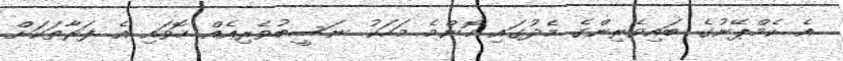
އެ ކެމްޕޭނުގެ ބައިވެރިންގެ މެދުގައި ކޮންމެ މަހަކު ނަސީބުވެރިއެއް ހޮވައި އެ ފަރާތަކަށް